Lunatic asylums United Provinces 1899-1908 - 1899-1908
Year: 1899
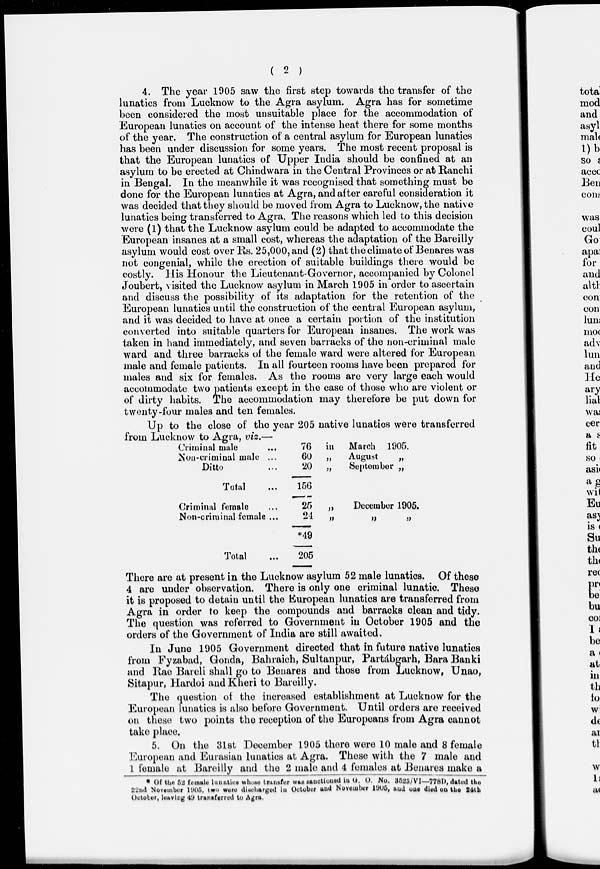
( 2 )
4. The year 1905 saw the first step towards the transfer of the
lunatics from Lucknow to the Agra asylum. Agra has for sometime
been considered the most unsuitable place for the accommodation of
European lunatics on account of the intense heat there for some months
of the year. The construction of a central asylum for European lunatics
has been under discussion for some years. The most recent proposal is
that the European lunatics of Upper India should be confined at an
asylum to be erected at Chindwara in the Central Provinces or at Ranchi
in Bengal. In the meanwhile it was recognised that something must be
done for the European lunatics at Agra, and after careful consideration it
was decided that they should be moved from Agra to Lucknow, the native
lunatics being transferred to Agra. The reasons which led to this decision
were (1) that the Lucknow asylum could be adapted to accommodate the
European insanes at a small cost, whereas the adaptation of the Bareilly
asylum would cost over Rs. 25,000, and (2) that the climate of Benares was
not congenial, while the erection of suitable buildings there would be
costly. His Honour the Lieutenant-Governor, accompanied by Colonel
Joubert, visited the Lucknow asylum in March 1905 in order to ascertain
and discuss the possibility of its adaptation for the retention of the
European lunatics until the construction of the central European asylum,
and it was decided to have at once a certain portion of the institution
converted into suitable quarters for European insanes. The work was
taken in hand immediately, and seven barracks of the non-criminal male
ward and three barracks of the female ward were altered for European
male and female patients. In all fourteen rooms have been prepared for
males and six for females. As the rooms are very large each would
accommodate two patients except in the case of those who are violent or
of dirty habits. The accommodation may therefore be put down for
twenty-four males and ten females.
Up to the close of the year 205 native lunatics were transferred
from Lucknow to Agra, viz.—
Criminal male
...
Non-criminal male ...
Ditto ...
Total ...
Criminal female ...
Non-criminal female ...
Total ...
76
60
20
156
25
24
*49
205
in March 1905.
„
August
„
„
September „
„
December 1905.
„ „ „
There are at present in the Lucknow asylum 52 male lunatics. Of these
4 are under observation. There is only one criminal lunatic. These
it is proposed to detain until the European lunatics are transferred from
Agra in order to keep the compounds and barracks clean and tidy.
The question was referred to Government in October 1905 and the
orders of the Government of India are still awaited.
In June 1905 Government directed that in future native lunatics
from Fyzabad, Gonda, Bahraich, Sultanpur, Partábgarh, Bara Banki
and Rae Bareli shall go to Benares and those from Lucknow, Unao,
Sitapur, Hardoi and Kheri to Bareilly.
The question of the increased establishment at Lucknow for the
European lunatics is also before Government. Until orders are received
on these two points the reception of the Europeans from Agra cannot
take place.
5. On the 31st December 1905 there were 10 male and 8 female
European and Eurasian lunatics at Agra. These with the 7 male and
1 female at Bareilly and the 2 male and 4 females at Benares make a
* Of the 52 female lunatics whose transfer was sanctioned in G. O. No. 3523/VI— 778D, dated the
22nd November 1905, two were discharged in October and November 1905, and one died on the 24th
October, leaving 49 transferred to Agra.